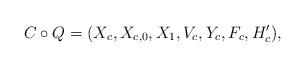
LaTeX: \begin{align*}C \circ Q=(X_c, X_{c,0}, X_1, V_c, Y_c, F_c, H_c' ),\end{align*}